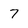
Character: 7